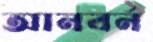
আনবর্ন